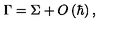
\Gamma = \Sigma + O \left( \hbar \right) ,